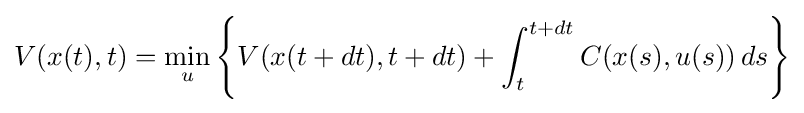
V(x(t),t)=\min _{u}\left\{V(x(t+dt),t+dt)+\int _{t}^{t+dt}C(x(s),u(s))\,ds\right\}